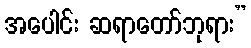
အပေါင်း ဆရာတော်ဘုရား”